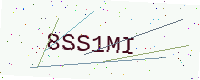
Text: 8SS1MI